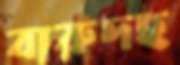
বারুদহ